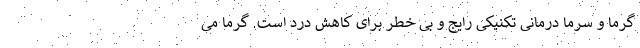
گرما و سرما درمانی تکنیکی رایج و بی خطر برای کاهش درد است. گرما می